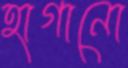
হাগানো